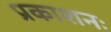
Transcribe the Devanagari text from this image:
प्रकाशनः